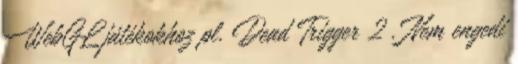
WebGL játékokhoz pl. Dead Trigger 2 . Nem engedi